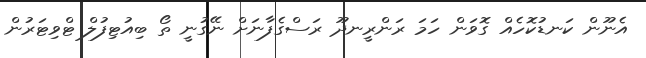
އެނޫން ކަނޑުކޮހެއް ގޮވަން ހަމަ ރަންރީނދޫ ރަސްގެފާނަށް ނޭގުނީ ތޯ ބިއުޓިފުލް ޓްވިޓަރުން